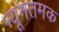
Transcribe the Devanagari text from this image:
न्यूनतमक